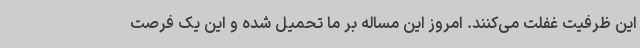
این ظرفیت غفلت می‌کنند. امروز این مساله بر ما تحمیل شده و این یک فرصت